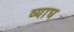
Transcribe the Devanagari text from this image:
व्याघ